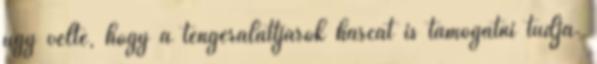
úgy vélte, hogy a tengeralattjárók harcát is támogatni tudja.